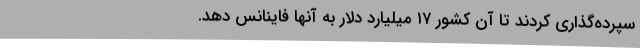
سپرده‌گذاری کردند تا آن کشور ۱۷ میلیارد دلار به آنها فاینانس دهد.